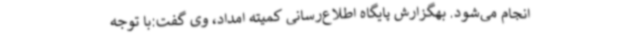
انجام می‌شود. بهگزارش پایگاه اطلاع‌رسانی کمیته امداد، وی گفت:با توجه